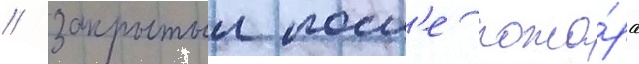
/ закрытыи посл'е пожа́ра